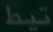
تبط